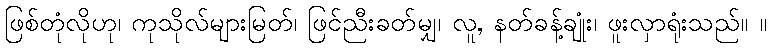
ဖြစ်တုံလိုဟု၊ ကုသိုလ်များမြတ်၊ ဖြင်ညီးခတ်မျှ၊ လူ, နတ်ခန့်ချုံး၊ ဖူးလှာရုံးသည်။ ။